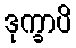
ဒုက္ခာပိ